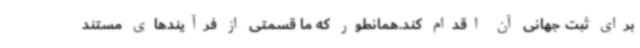
برای ثبت جهانی آن اقدام کند.همانطور که ما قسمتی از فرآیندهای مستند